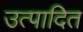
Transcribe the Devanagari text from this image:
उत्पादित